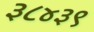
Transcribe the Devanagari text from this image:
३८४३९